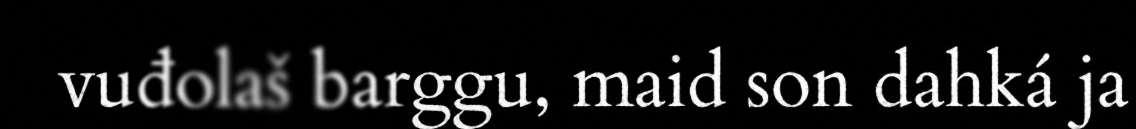
vuđolaš barggu, maid son dahká ja